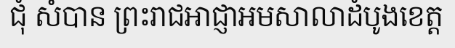
ជុំ សំបាន ព្រះរាជអាជ្ញាអមសាលាដំបូងខេត្ត